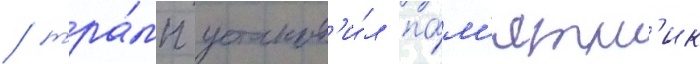
/ тра́мп установ'и́л па́м'ятн'ик